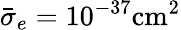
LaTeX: \bar{\sigma}_{e}=10^{-37}\mathrm{cm}^{2}